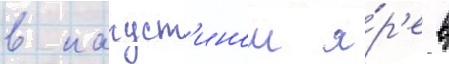
в капуст'ином я́р'е в